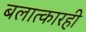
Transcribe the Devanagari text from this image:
बलात्कारही